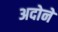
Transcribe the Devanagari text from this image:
अदोने